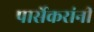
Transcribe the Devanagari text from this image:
पार्सेकरांनी